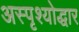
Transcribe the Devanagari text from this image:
अस्पृश्योद्धार